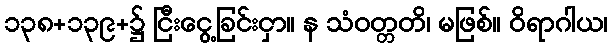
၁၃၈+၁၃၉+၌ ငြီးငွေ့ခြင်းငှာ။ န သံဝတ္တတိ၊ မဖြစ်။ ဝိရာဂါယ၊